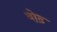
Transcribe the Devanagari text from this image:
वोढ